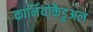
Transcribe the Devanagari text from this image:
कार्नियोकैडुअल